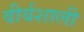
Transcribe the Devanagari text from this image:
वीर्यशाली